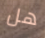
هل